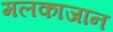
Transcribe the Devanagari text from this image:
मलकाजान